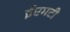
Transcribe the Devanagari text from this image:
ईएमटी